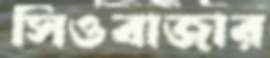
সিওবাজার